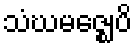
သံဃမဇ္ဈေပိ